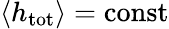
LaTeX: \langle h_{\mathrm{tot}}\rangle=\mathrm{const}{}